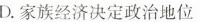
D.家族经济决定政治地位